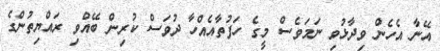
އޭނާ އެހެން ވިދާޅުވި ނަމަވެސް މީގެ ހަފުތާއެއްހާ ދުވަސް ކުރިން ބޭއްވި ރައްޔިތުންގެ